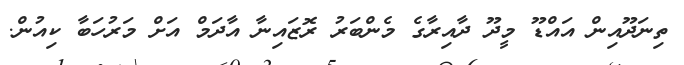
ތިނަދޫއިން އައްޑޫ މީދޫ ދާއިރާގެ މެންބަރު ރޮޒައިނާ އާދަމް އަށް މަރުހަބާ ކިއުން.